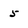
Character: 5